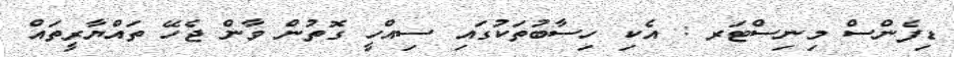
ޑިފެންސް މިނިސްޓަރ : އެކި ހިސާބުތަކުގައި ސިއްހީ ގޮތުން ވާން ޖެހޭ ތައްޔާރީތައް